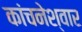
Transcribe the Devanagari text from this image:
कांचनेश्वार